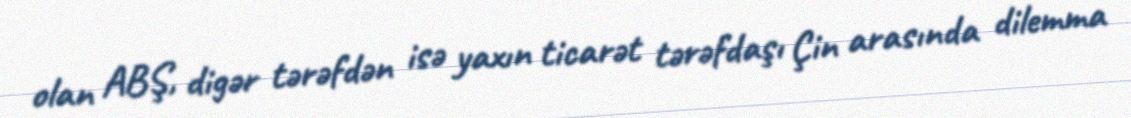
olan ABŞ, digər tərəfdən isə yaxın ticarət tərəfdaşı Çin arasında dilemma